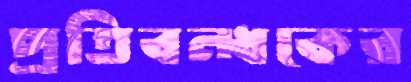
প্রতিবন্ধকের